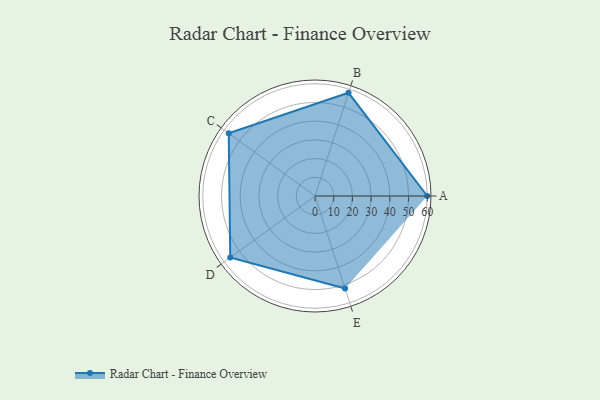
{"axis": {"x": "Skill", "y": "Score"}, "legend": ["Profile"], "data": [{"x": "A", "y": 60.0, "type": "Profile"}, {"x": "B", "y": 58.0, "type": "Profile"}, {"x": "C", "y": 57.0, "type": "Profile"}, {"x": "D", "y": 56.0, "type": "Profile"}, {"x": "E", "y": 52.0, "type": "Profile"}]}